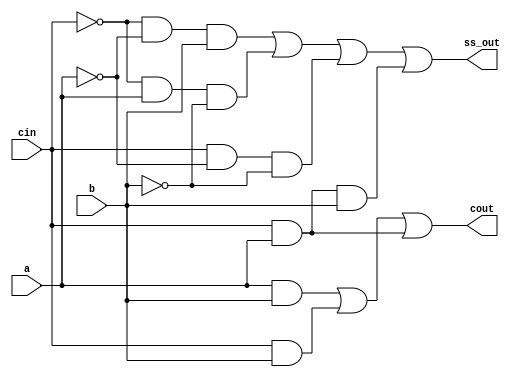
module semi_sumador (cin, a, b, ss_out, cout);
	input cin, a, b;
	output ss_out, cout;
	assign ss_out = ~cin & ~a & b | ~cin & a & ~b | cin & ~a & ~b | cin & a & b;
	//Salida de la suma
	assign cout = a & b | cin & b | cin & a; 
	//Carry de salida 
endmodule